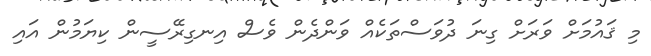
މި ޤައުމަށް ވަރަށް ގިނަ ދުވަސްތަކެއް ވަންދެން ވެސް އިނގިރޭސީން ކިޔަމުން އައި